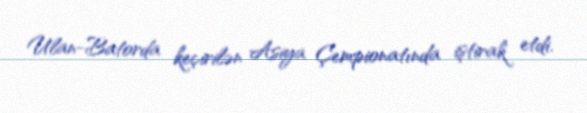
Ulan-Batorda keçirilən Asiya Çempionatında iştirak etdi.